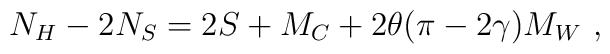
N_{H}-2N_{S}=2S+M_{C}+2\theta (\pi -2\gamma )M_{W}\, \, ,